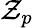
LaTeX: \mathcal{Z}_{p}